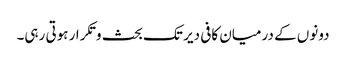
دونوں کے درمیان کافی دیر تک بحث و تکرار ہوتی رہی۔